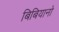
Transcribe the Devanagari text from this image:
बिबियानो